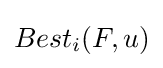
Best_{i}(F,u)